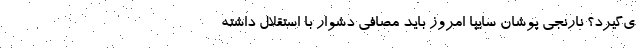
ی‌گیرد؟ نارنجی پوشان سایپا امروز باید مصافی دشوار با استقلال داشته